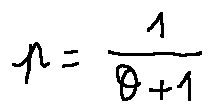
p = \frac { 1 } { \theta + 1 }